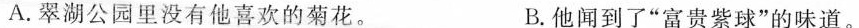
A.翠湖公园里没有他喜欢的菊花。 B.他闻到了”富贵紫球”的味道。